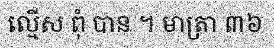
ល្មើស ពុំ បាន ។ មាត្រា ៣៦